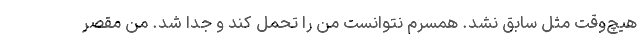
هیچ‌وقت مثل سابق نشد. همسرم نتوانست من را تحمل کند و جدا شد. من مقصر